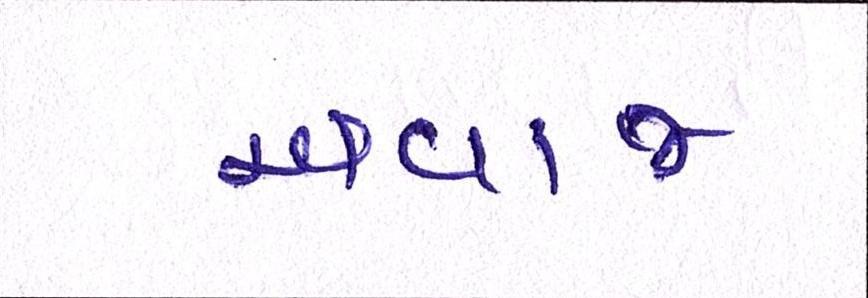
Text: અવાજ